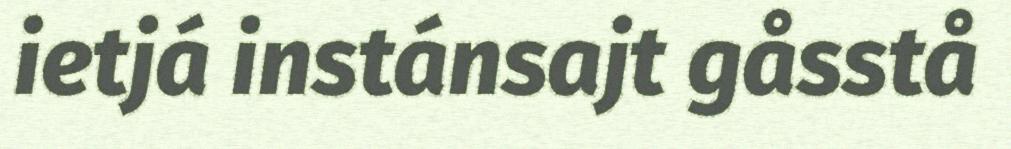
ietjá instánsajt gåsstå